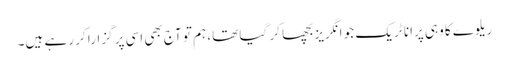
ریلوے کا وہی پرانا ٹریک جو انگریز بچھا کر گیا تھا، ہم تو آج بھی اسی پر گزارا کر رہے ہیں۔